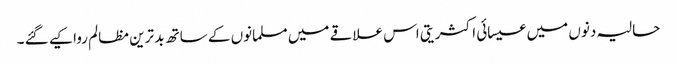
حالیہ دنوں میں عیسائی اکثریتی اس علاقے میں مسلمانوں کے ساتھ بد ترین مظالم روا کیے گئے ۔